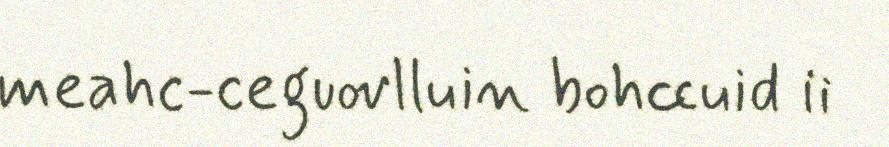
meahc-ceguovlluin bohccuid ii